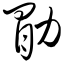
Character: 勖